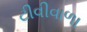
ટીવીવાળા